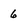
Character: 6